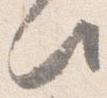
此